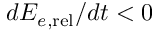
d { \cal E } _ { e , \mathrm { r e l } } / d t < 0